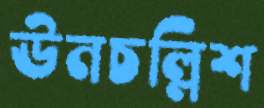
ঊনচল্লিশ